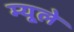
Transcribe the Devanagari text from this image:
म्यूले